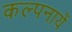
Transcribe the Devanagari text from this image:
कल्पनायें